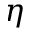
\eta